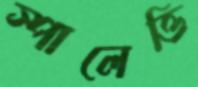
স্পালেত্তি